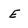
Character: E